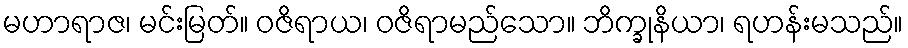
မဟာရာဇ၊ မင်းမြတ်။ ဝဇိရာယ၊ ဝဇိရာမည်သော။ ဘိက္ခုနိယာ၊ ရဟန်းမသည်။